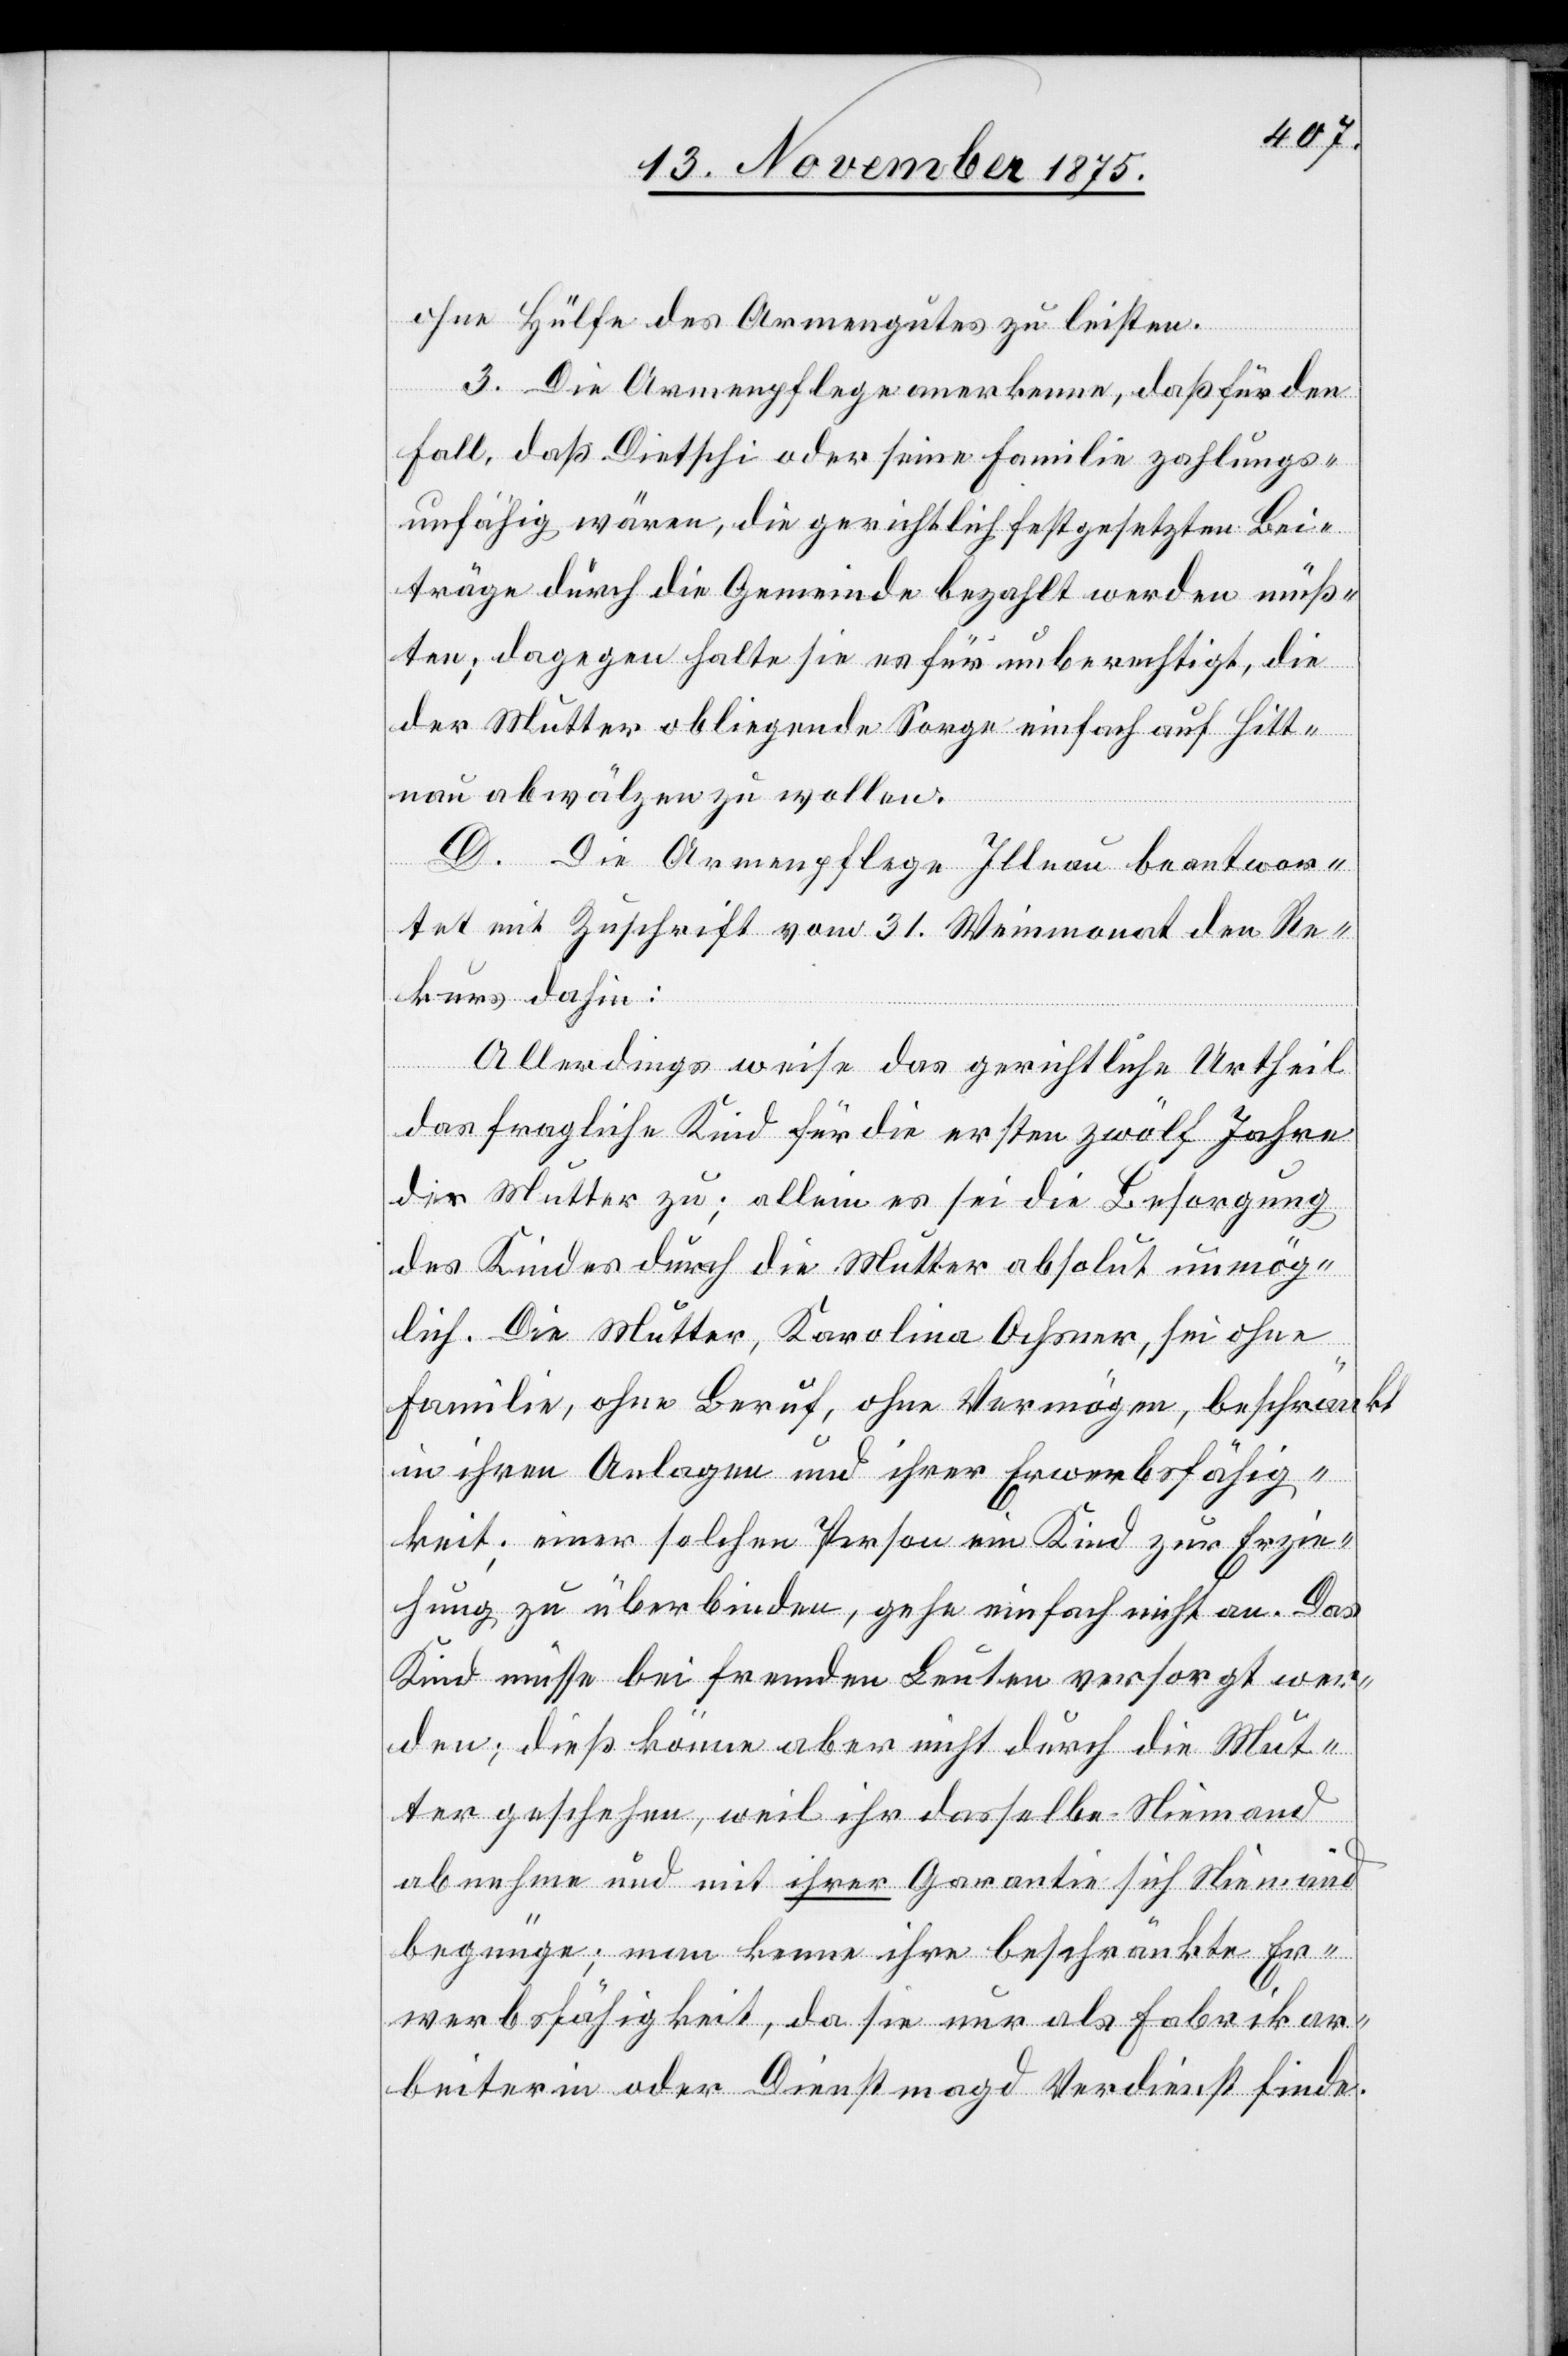
ohne Hülfe des Armengutes zu leisten.
3. Die Armenpflege anerkenne, daß für den
Fall, daß Dietschi oder seine Familie zahlungs¬
unfähig wären, die gerichtlich festgesetzten Bei¬
träge durch die Gemeinde bezahlt werden müß¬
ten; dagegen halte sie es für unberechtigt, die
der Mutter obliegende Sorge einfach auf Hitt¬
nau abwälzen zu wollen.
D. Die Armenpflege Illnau beantwor¬
tet mit Zuschrift vom 31. Weinmonat den Re¬
kurs dahin:
Allerdings weise das gerichtliche Urtheil
das fragliche Kind für die ersten zwölf Jahre
der Mutter zu; allein es sei die Besorgung
des Kindes durch die Mutter absolut unmög¬
lich. Die Mutter, Karolina Ochsner, sei ohne
Familie, ohne Beruf, ohne Vermögen, beschrän¬
in ihren Anlagen und ihrer Erwerbsfähig¬
keit; einer solchen Person ein Kind zur Erzie¬
hung zu überbinden, gehe einfach nicht an. Das
Kind müsse bei fremden Leuten versorgt wer¬
den; dieß könne aber nicht durch die Mut¬
ter geschehen, weil ihr dasselbe Niemand
abnehme und mit ihrer Garantie sich Niemand
begnüge; man kenne ihre beschränkte Er¬
werbsfähigkeit, da sie nur als Fabrikar¬
beiterin oder Dienstmagd Verdienst finde.

kt